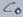
Text: C0